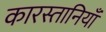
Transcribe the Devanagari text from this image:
कारस्तानियाँ